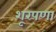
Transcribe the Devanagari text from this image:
शूरपणा